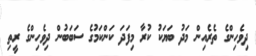
ދިވެހިންގެ ތެރެއިން މަދު ބަޔަކު ކުރާ މިފަދަ ކަންކަމުގެ ސަބަބުން ދިވެހިންގެ ރީތި